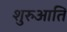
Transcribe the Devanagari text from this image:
शुरुआति